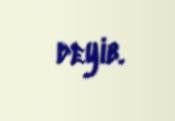
deyib.